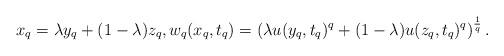
LaTeX: \begin{align*}x_q=\lambda y_q+(1-\lambda) z_q, w_q(x_q, t_q)=\left(\lambda u(y_q, t_q)^q+(1-\lambda) u(z_q, t_q)^q\right)^{\frac{1}{q}}. \end{align*}